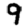
Digit: 9